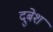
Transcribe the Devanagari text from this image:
दुबेश